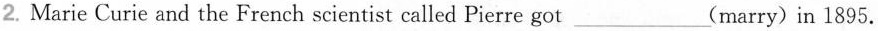
2.Marie Curie and the French scientist called Pierre got___(marry)in 1895.